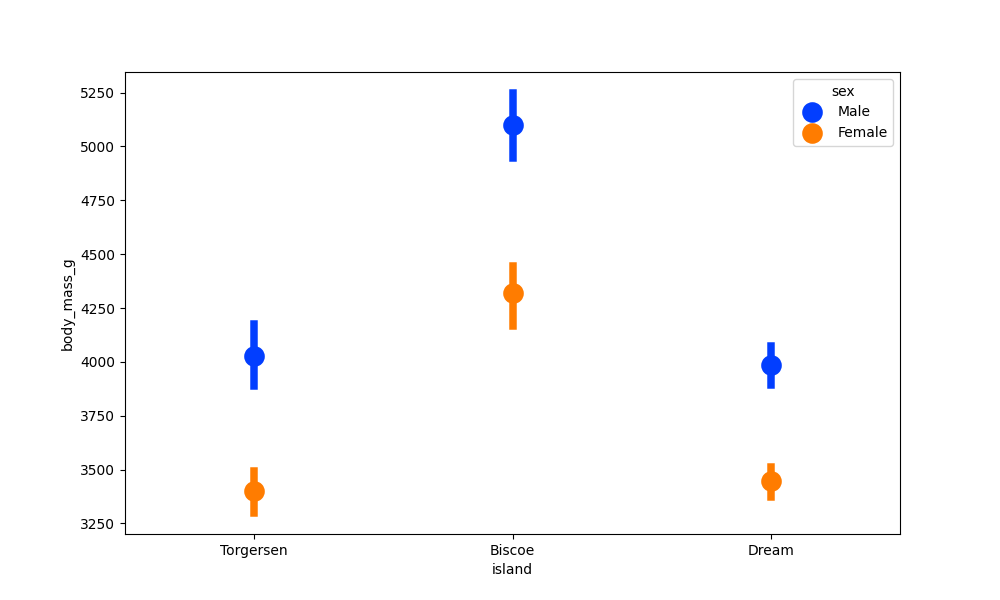
python, seaborn, pointplot, scale=2.0, join=False, hue='sex', palette='bright'